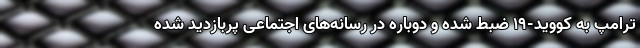
ترامپ به کووید-۱۹ ضبط شده و دوباره در رسانه‌های اجتماعی پربازدید شده